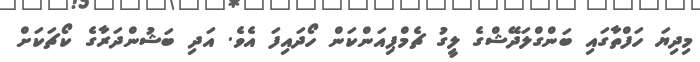
މިދިޔަ ހަފްތާގައި ބަންގްލަދޭޝްގެ ލީގު ޗެމްޕިއަންކަން ހޯދައިފަ އެވެ. އަދި ބަޝުންދަރާގެ ކޯޗަކަށް